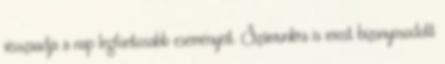
visszaadja a nap legfontosabb eseményeit. Számunkra is most bizonyosodott